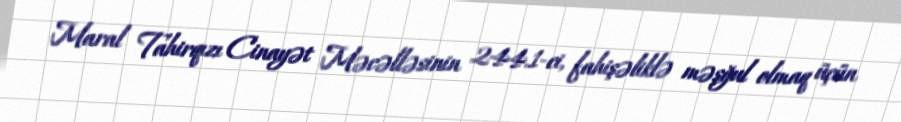
Maral Tahirqızı Cinayət Məcəlləsinin 244.1-ci, fahişəliklə məşğul olmaq üçün